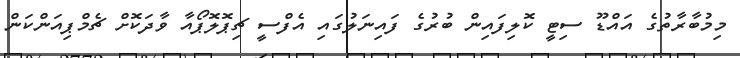
މިމުބާރާތުގެ އައްޑޫ ސިޓީ ކޮލިފައިން ބުރުގެ ފައިނަލުގައި އެފްސީ ޗިޕޮލޮޕޯއާ ވާދަކޮށް ޗެމްޕިއަންކަން